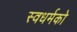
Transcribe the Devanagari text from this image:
स्‍वधर्मको